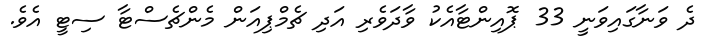
ދެ ވަނާގައިވަނީ 33 ޕޮއިންޓާއެކު ވާދަވެރި އަދި ޗެމްޕިއަން މެންޗެސްޓާ ސިޓީ އެވެ.